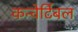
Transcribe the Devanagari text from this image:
कन्वेर्टिबल